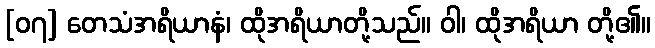
[၀၇] တေသံအရိယာနံ၊ ထိုအရိယာတို့သည်။ ဝါ၊ ထိုအရိယာ တို့၏။